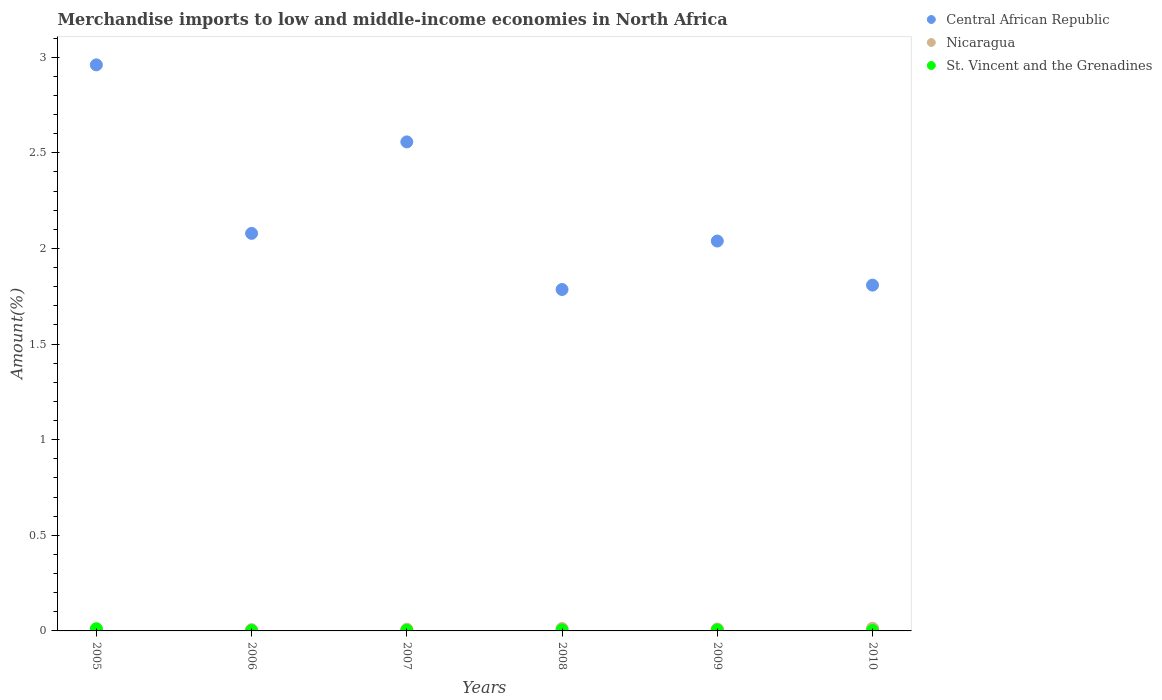
| Years | Central African Republic | Nicaragua | St. Vincent and the Grenadines |
 | --- | --- | --- | --- |
 | 2005 | 2.96 | 0.0079 | 0.0115 |
 | 2006 | 2.08 | 0.00675 | 0.00194 |
 | 2007 | 2.56 | 0.00893 | 0.00308 |
 | 2008 | 1.79 | 0.0124 | 0.00545 |
 | 2009 | 2.04 | 0.00987 | 0.00524 |
 | 2010 | 1.81 | 0.0137 | 0.00265 |